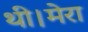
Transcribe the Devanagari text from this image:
थी।मेरा